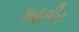
મહવીર